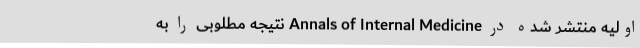
اولیه منتشر شده در Annals of Internal Medicine نتیجه مطلوبی را به